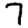
Digit: 7